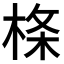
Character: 𣔌